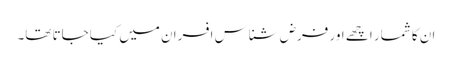
ان کا شمار اچھے اور فرض شناس افسران میں کیا جاتا تھا۔